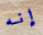
إنه